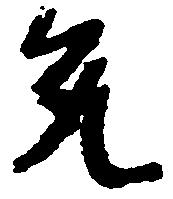
允